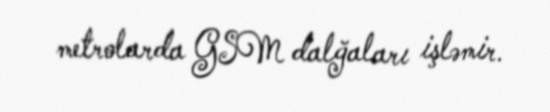
metrolarda GSM dalğaları işləmir.